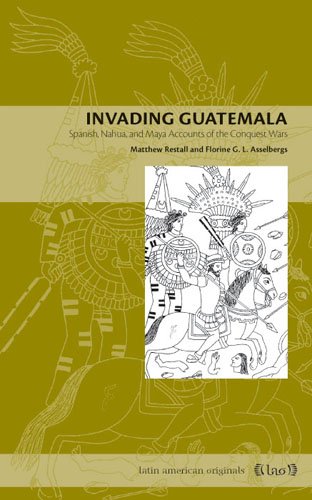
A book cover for Invading Guatemala: Spanish, Nahua, and Maya Accounts of the Conquest Wars; Matthew Restall; History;